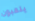
يلعبون